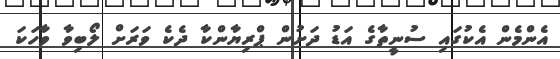
އެންމެން އެކުގައި ސުނީތާގެ އަޑު ދަށުން ޕްރިޔާންކާ ދެކެ ވަރަށް ލޯބިވާ ވާހަކަ